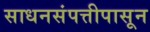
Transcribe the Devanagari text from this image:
साधनसंपत्तीपासून